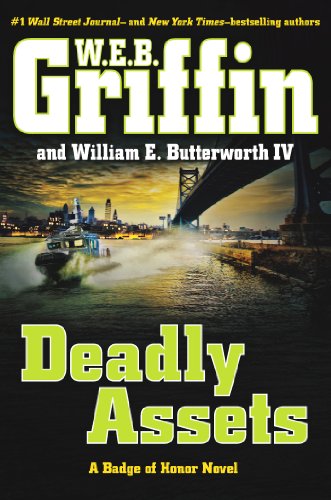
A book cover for Deadly Assets (Badge Of Honor); W.E.B. Griffin; Mystery, Thriller & Suspense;